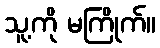
သူ့ကို မကြိုက်။